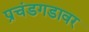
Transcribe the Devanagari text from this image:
प्रचंडगडावर